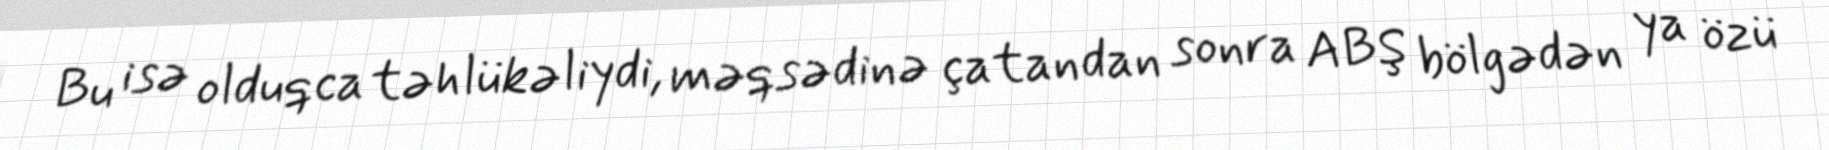
Bu isə olduqca təhlükəliydi, məqsədinə çatandan sonra ABŞ bölgədən ya özü